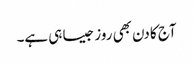
آج کا دن بھی روز جیسا ہی ہے۔